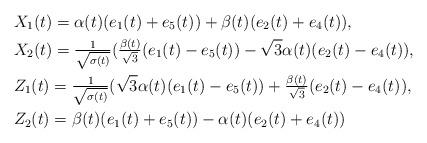
LaTeX: \begin{align*}&X_1(t)=\alpha(t)(e_1(t)+e_5(t))+\beta(t)(e_2(t)+e_4(t)),\\&X_2(t)=\tfrac{1}{\sqrt{\sigma(t)}}(\tfrac{\beta(t)}{\sqrt{3}}(e_1(t)-e_5(t))-\sqrt{3}\alpha(t)(e_2(t)-e_4(t)),\\&Z_1(t)=\tfrac{1}{\sqrt{\sigma(t)}}(\sqrt{3}\alpha(t)(e_1(t)-e_5(t))+\tfrac{\beta(t)}{\sqrt{3}}(e_2(t)-e_4(t)),\\&Z_2(t)=\beta(t)(e_1(t)+e_5(t))-\alpha(t)(e_2(t)+e_4(t))\end{align*}